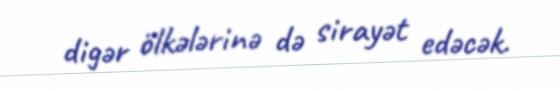
digər ölkələrinə də sirayət edəcək.